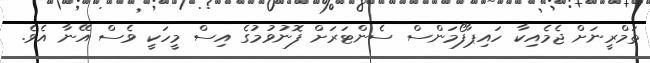
ތަމްރީނަށް ޖެމެއިކާ ހައިޕާފޯމަންސް ސެންޓަރަށް ފޮނުވުމުގެ އިސް މީހަކީ ވެސް އޭނާ އެވެ.